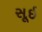
સૂઇ